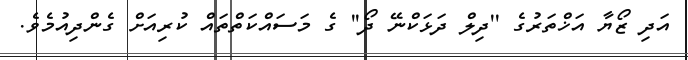
އަދި ޒޯޔާ އަޚްތަރުގެ ''ދިލް ދަޅަކްނޭ ދޯ'' ގެ މަސައްކަތްތައް ކުރިއަށް ގެންދިއުމެވެ.